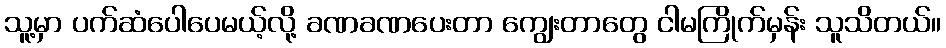
သူ့မှာ ပက်ဆံပေါပေမယ့်လို့ ခဏခဏပေးတာ ကျွေးတာတွေ ငါမကြိုက်မှန်း သူသိတယ်။